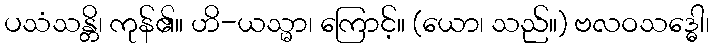
ပသံသန္တိ၊ ကုန်၏။ ဟိ-ယသ္မာ၊ ကြောင့်။ (ယော၊ သည်။) ဗလဝသဒ္ဓေါ၊